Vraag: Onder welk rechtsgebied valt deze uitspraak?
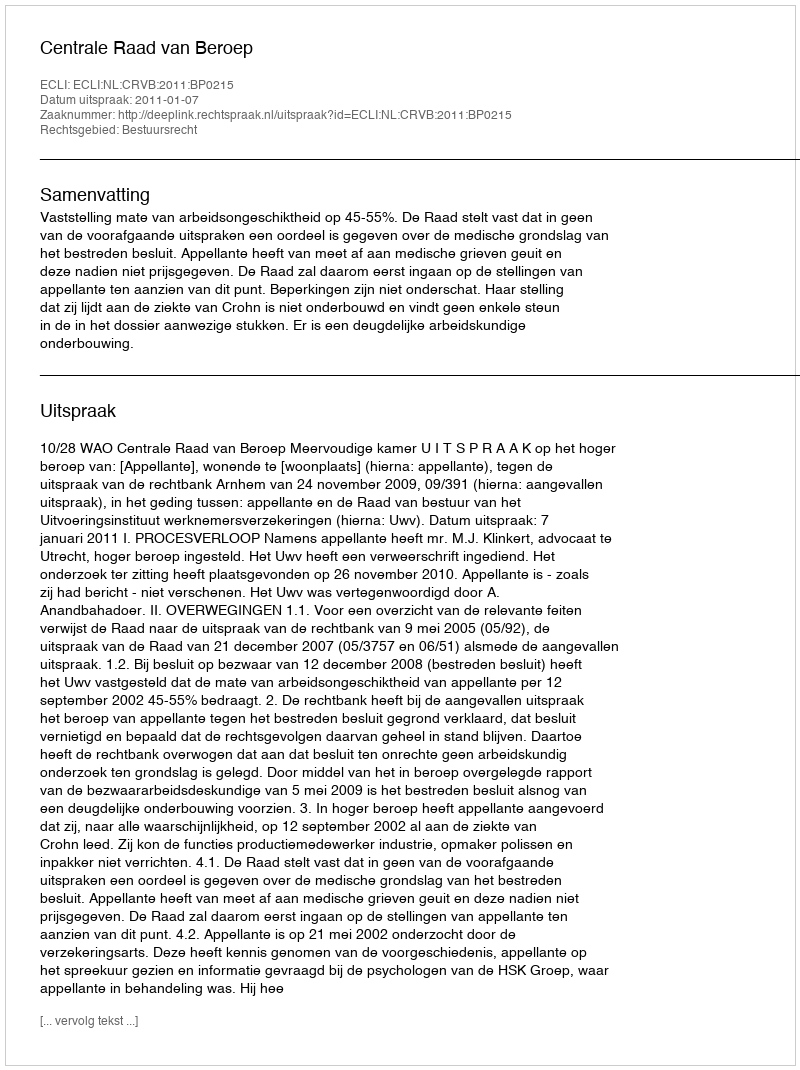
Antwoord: Bestuursrecht